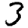
Digit: 3